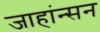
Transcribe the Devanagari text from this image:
जाहांन्सन